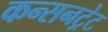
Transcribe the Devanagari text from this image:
कन्सनट्रेट